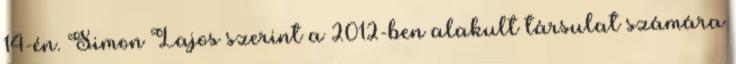
14-én. Simon Lajos szerint a 2012-ben alakult társulat számára